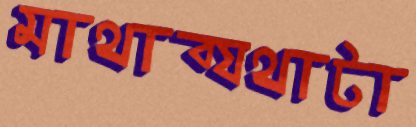
মাথাব্যথাটা